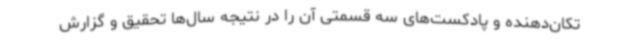
تکان‌دهنده و پادکست‌های سه قسمتی آن را در نتیجه سال‌ها تحقیق و گزارش